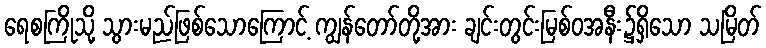
ရေစကြိုသို့ သွားမည်ဖြစ်သောကြောင့် ကျွန်တော်တို့အား ချင်းတွင်းမြစ်ဝအနီး၌ရှိသော သမြိတ်